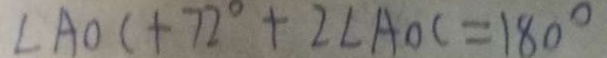
\angle A O C + 7 2 ^ { \circ } + 2 \angle A O C = 1 8 0 ^ { \circ }